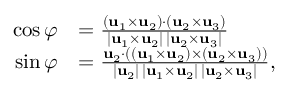
{ \begin{array} { r l } { \cos \varphi } & { = { \frac { ( \mathbf { u } _ { 1 } \times \mathbf { u } _ { 2 } ) \cdot ( \mathbf { u } _ { 2 } \times \mathbf { u } _ { 3 } ) } { | \mathbf { u } _ { 1 } \times \mathbf { u } _ { 2 } | \, | \mathbf { u } _ { 2 } \times \mathbf { u } _ { 3 } | } } } \\ { \sin \varphi } & { = { \frac { \mathbf { u } _ { 2 } \cdot ( ( \mathbf { u } _ { 1 } \times \mathbf { u } _ { 2 } ) \times ( \mathbf { u } _ { 2 } \times \mathbf { u } _ { 3 } ) ) } { | \mathbf { u } _ { 2 } | \, | \mathbf { u } _ { 1 } \times \mathbf { u } _ { 2 } | \, | \mathbf { u } _ { 2 } \times \mathbf { u } _ { 3 } | } } , } \end{array} }